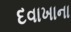
દવાખાના